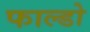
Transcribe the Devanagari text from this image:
फाल्डो